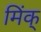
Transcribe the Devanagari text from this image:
मिंक्